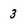
Character: 3